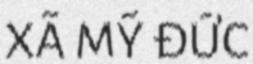
XÃ MỸ ĐỨC